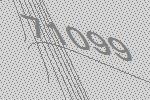
71099